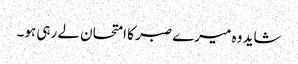
شاید وہ میرے صبر کا امتحان لے رہی ہو۔